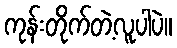
ကုန်းတိုက်တဲ့လူပါပဲ။